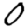
Digit: 0